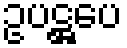
ဥပဋ္ဌပေ